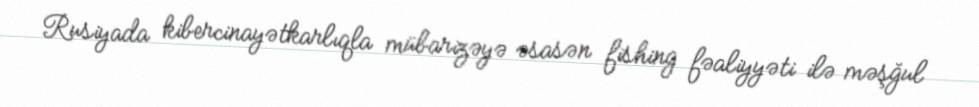
Rusiyada kibercinayətkarlıqla mübarizəyə əsasən fishing fəaliyyəti ilə məşğul